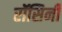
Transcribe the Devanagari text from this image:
रॉसिनी